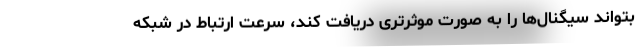
بتواند سیگنال‌ها را به صورت موثرتری دریافت کند، سرعت ارتباط در شبکه